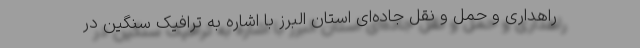
راهداری و حمل و نقل جاده‌ای استان البرز با اشاره به ترافیک سنگین در